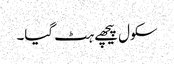
سکول پیچھے ہٹ گیا۔